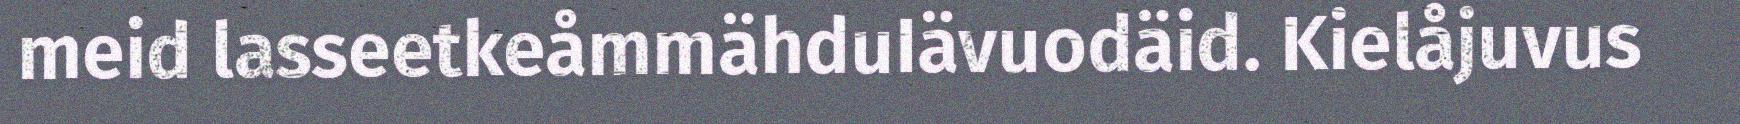
meid lasseetkeåmmähduIävuodäid. Kielåjuvus